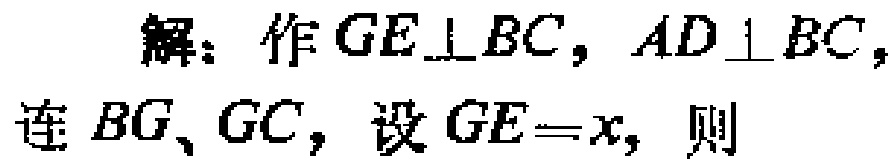
解：作 \(GE\perp BC\)，\(AD\perp BC\)，连 \(BG\)、\(GC\)，设 \(GE = x\)，则